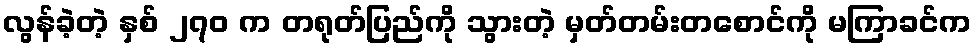
လွန်ခဲ့တဲ့ နှစ် ၂၇၀ က တရုတ်ပြည်ကို သွားတဲ့ မှတ်တမ်းတစောင်ကို မကြာခင်က